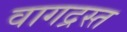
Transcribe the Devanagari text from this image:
वागद्रस्त